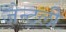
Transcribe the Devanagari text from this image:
जेन्टली